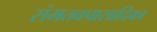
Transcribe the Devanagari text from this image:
संमतवपासादिका